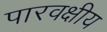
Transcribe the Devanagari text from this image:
पारवक्षीय